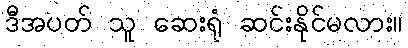
ဒီအပတ် သူ ဆေးရုံ ဆင်းနိုင်မလား။